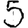
Digit: 5